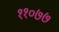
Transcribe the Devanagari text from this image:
११०७७